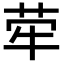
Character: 荦